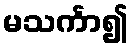
မသင်္ကာ၍